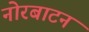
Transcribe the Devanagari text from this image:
नोरबाटन